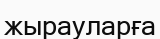
жырауларға